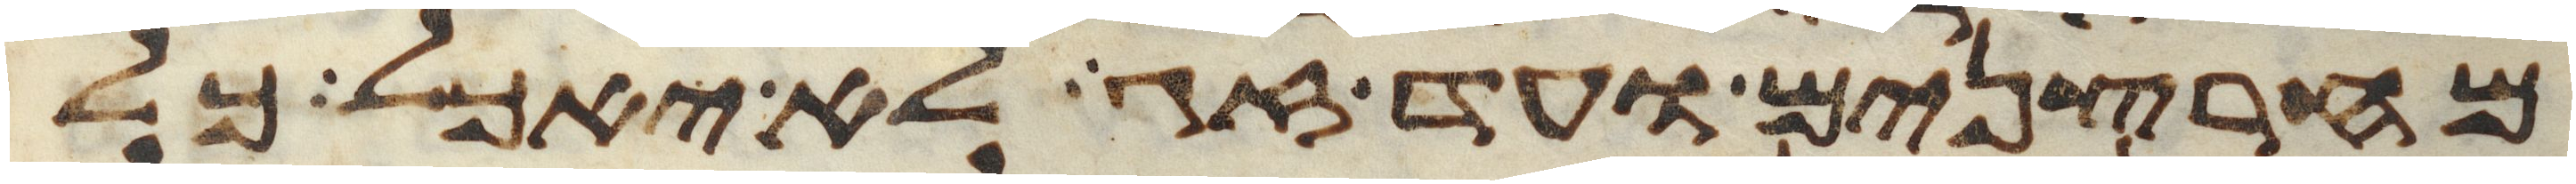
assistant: מחרצנים ועד זג לא יאכל כל